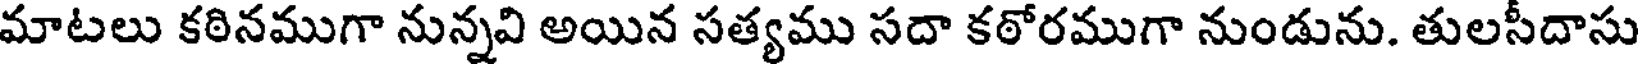
మాటలు కఠినముగా నున్నవి అయిన సత్యము సదా కఠోరముగా నుండును. తులసీదాసు